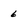
Character: 6